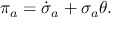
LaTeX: \pi _ { a } = \dot { \sigma } _ { a } + \sigma _ { a } \theta .